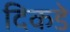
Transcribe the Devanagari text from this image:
दिकडे